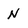
Character: n